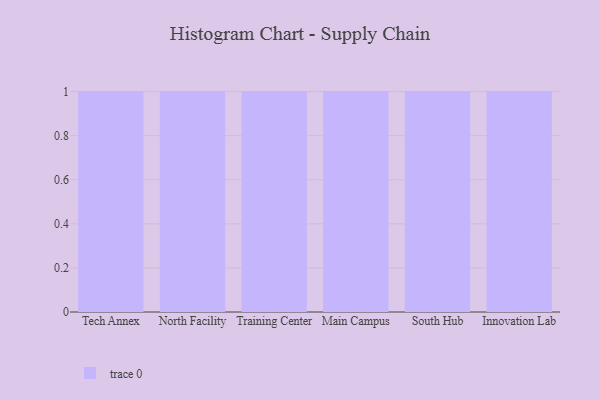
{"axis": {"x": "Campus", "y": "Active Users"}, "legend": [""], "data": [{"x": "Tech Annex", "y": 65, "type": ""}, {"x": "North Facility", "y": 52, "type": ""}, {"x": "Training Center", "y": 75, "type": ""}, {"x": "Main Campus", "y": 95, "type": ""}, {"x": "South Hub", "y": 32, "type": ""}, {"x": "Innovation Lab", "y": 74, "type": ""}]}